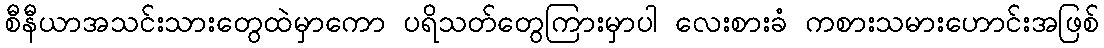
စီနီယာအသင်းသားတွေထဲမှာကော ပရိသတ်တွေကြားမှာပါ လေးစားခံ ကစားသမားဟောင်းအဖြစ်